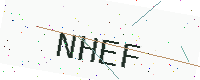
Text: NHEF